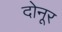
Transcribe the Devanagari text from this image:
दोनूर